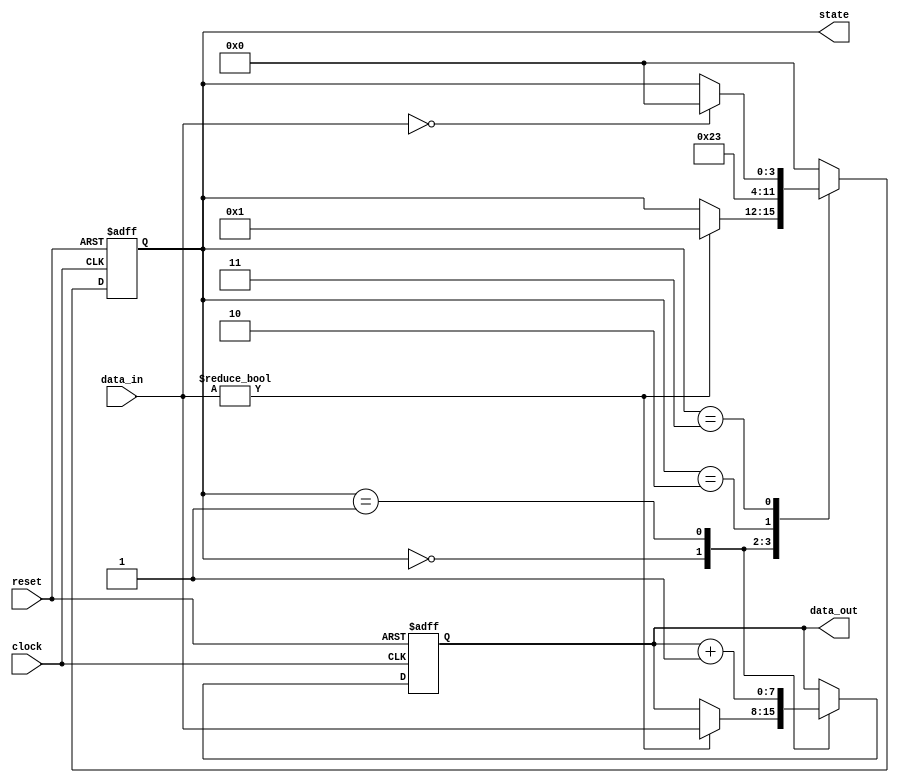
module synchronous_design (
    input wire clock,        // Clock input
    input wire reset,        // Asynchronous reset input
    input wire [7:0] data_in, // 8-bit data input
    output reg [7:0] data_out, // 8-bit data output
    output reg [3:0] state    // 4-bit state output
);

// State Encoding
localparam STATE_IDLE = 4'b0000;
localparam STATE_LOAD = 4'b0001;
localparam STATE_PROCESS = 4'b0010;
localparam STATE_DONE = 4'b0011;

always @(posedge clock or posedge reset) begin
    if (reset) begin
        // Reset logic
        data_out <= 8'b0;      // Clear data output
        state <= STATE_IDLE;   // Set state to IDLE
    end else begin
        // Sequential logic
        case (state)
            STATE_IDLE: begin
                if (data_in != 8'b0) begin
                    data_out <= data_in; // Load data
                    state <= STATE_LOAD;  // Move to LOAD state
                end
            end
            
            STATE_LOAD: begin
                // Process the loaded data (example operation)
                data_out <= data_out + 1; // Increment data
                state <= STATE_PROCESS; // Move to PROCESS state
            end
            
            STATE_PROCESS: begin
                // Finalize processing
                state <= STATE_DONE; // Move to DONE state
            end
            
            STATE_DONE: begin
                // Return to IDLE or stay in DONE
                if (data_in == 8'b0) begin
                    state <= STATE_IDLE; // Go back to IDLE if no data
                end
            end
            
            default: state <= STATE_IDLE; // Default case to avoid latch
        endcase
    end
end

endmodule